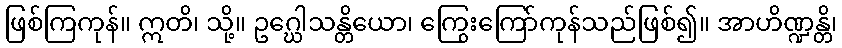
ဖြစ်ကြကုန်။ ဣတိ၊ သို့။ ဥဂ္ဃေါသန္တိယော၊ ကြွေးကြော်ကုန်သည်ဖြစ်၍။ အာဟိဏ္ဍန္တိ၊